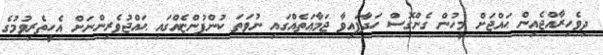
ދިވެހިރާއްޖެއިން ޙައްޖަށް މީހުން ގެންގޮސް ހަދާފައިވާ ޖަމާޢަތެއްގައި ނުވަތަ ކުންފުންޏެއްގައި ޙައްޖުވެރިންނަށް އެހީތެރިވުމުގެ